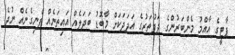
ޕާޓީގެ އާއްމު މެންބަރުންގެ ދަފުތަރުގެ އަދަދަކަށް މާބޮޑު ބަދަލެއް އައިތަނެއް ފެނިގެނެއް ނުދެ